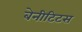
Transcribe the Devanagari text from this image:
बेनीटिटस